Annual report on the working of the mental hospitals in the Madras Presidency - 1912-1932
Year: 1912
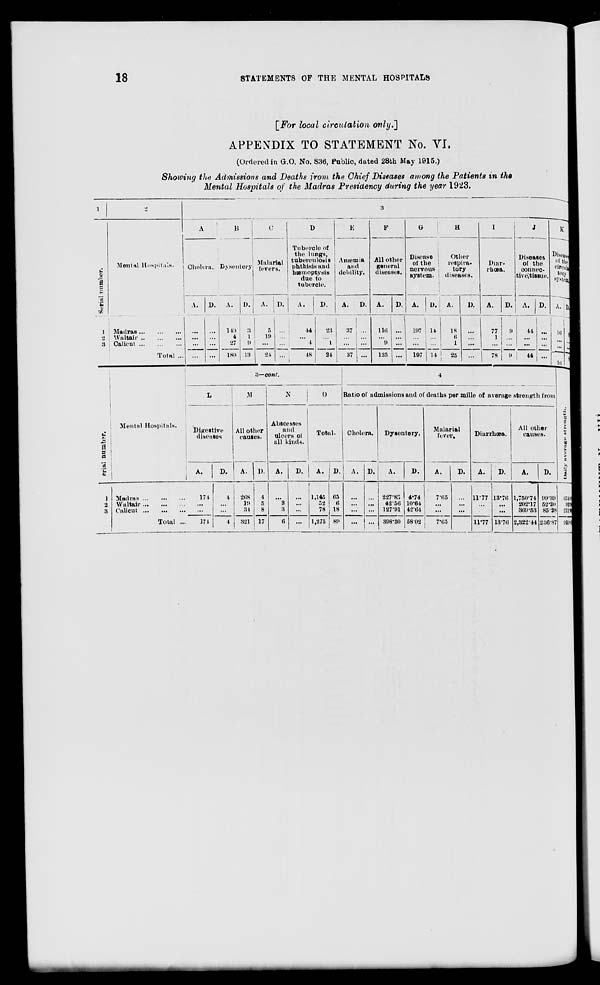
18
STATEMENTS OF THE MENTAL HOSPITALS
[ For local circulation only.]
APPENDIX TO STATEMENT No. VI.
(Ordered in G.O. No. 836, Public, dated 28th May 1915.)
Showing the Admissions and Deaths from the Chief Diseases among the Patients in the
Mental Hospitals of the Madras Presidency during the year 1923.
1
Serial number.
1
2
3
2
Mental Hospitals.
Madras
...
...
...
Waltair
...
...
...
Calicut ... ... ...
Total ...
3
A
Cholera.
A.
...
...
...
...
D.
...
...
...
...
B
Dysentery
A.
149
4
27
180
D.
3
1
9
13
C
Malarial
fevers.
A.
5
19
...
24
D.
...
...
...
...
D
Tubercle of
the lungs,
tuberculosis
phthisis and
hæmoptysis
due to
tubercle.
A.
44
...
4
48
D.
23
...
1
24
E
Anæmia
and
debility.
A.
37
...
...
37
D.
...
...
...
...
F
All other
general
diseases.
A.
116
...
9
125
D.
...
...
...
...
G
Disease
of the
nervous
system.
A.
197
...
...
197
D.
14
...
...
14
H
Other
respira-
tory
diseases.
A.
18
6
1
25
D.
...
...
...
...
I
Diar-
rhœa.
A.
77
1
...
78
D.
9
...
...
9
J
Diseases
of the
connec-
tive tissue.
A.
44
...
...
44
D.
...
...
...
...
K
Disease
of the
circula-
tory
system
A.
16
...
...
16
D.
8
...
...
8
Serial
number.
1
2
3
Mental Hospitals.
Madras
...
...
...
Waltair ... ... ...
Calicut ... ... ...
Total ...
3—cont.
L
Digestive
diseases
A.
174
...
...
174
D.
94
...
...
4
M
All other
causes.
A.
268
19
34
321
D.
4
5
8
17
N
Abscesses
and
ulcers of
all kinds.
A.
...
3
3
6
D.
...
...
...
...
O
Total.
A.
1,145
52
78
1,275
D.
65
6
18
89
4
Ratio of admissions and of deaths per mille of average strength from
Cholera.
A.
...
...
...
...
D.
...
...
...
...
Dysentery.
A.
227.83
42.56
127.91
398.30
D.
4.74
10.64
42.64
58.02
Malarial
fever.
A.
7.65
...
...
7.65
D.
...
...
...
Diarrhœa.
A.
11.77
...
...
11.77
D.
13.76
...
...
13.76
All other
causes.
A.
1,750.74
202.17
369.53
2,322.44
D.
99.39
52.20
85.28
236.87
Daily
average
strength.
654.0
93.9
211.1
959.0